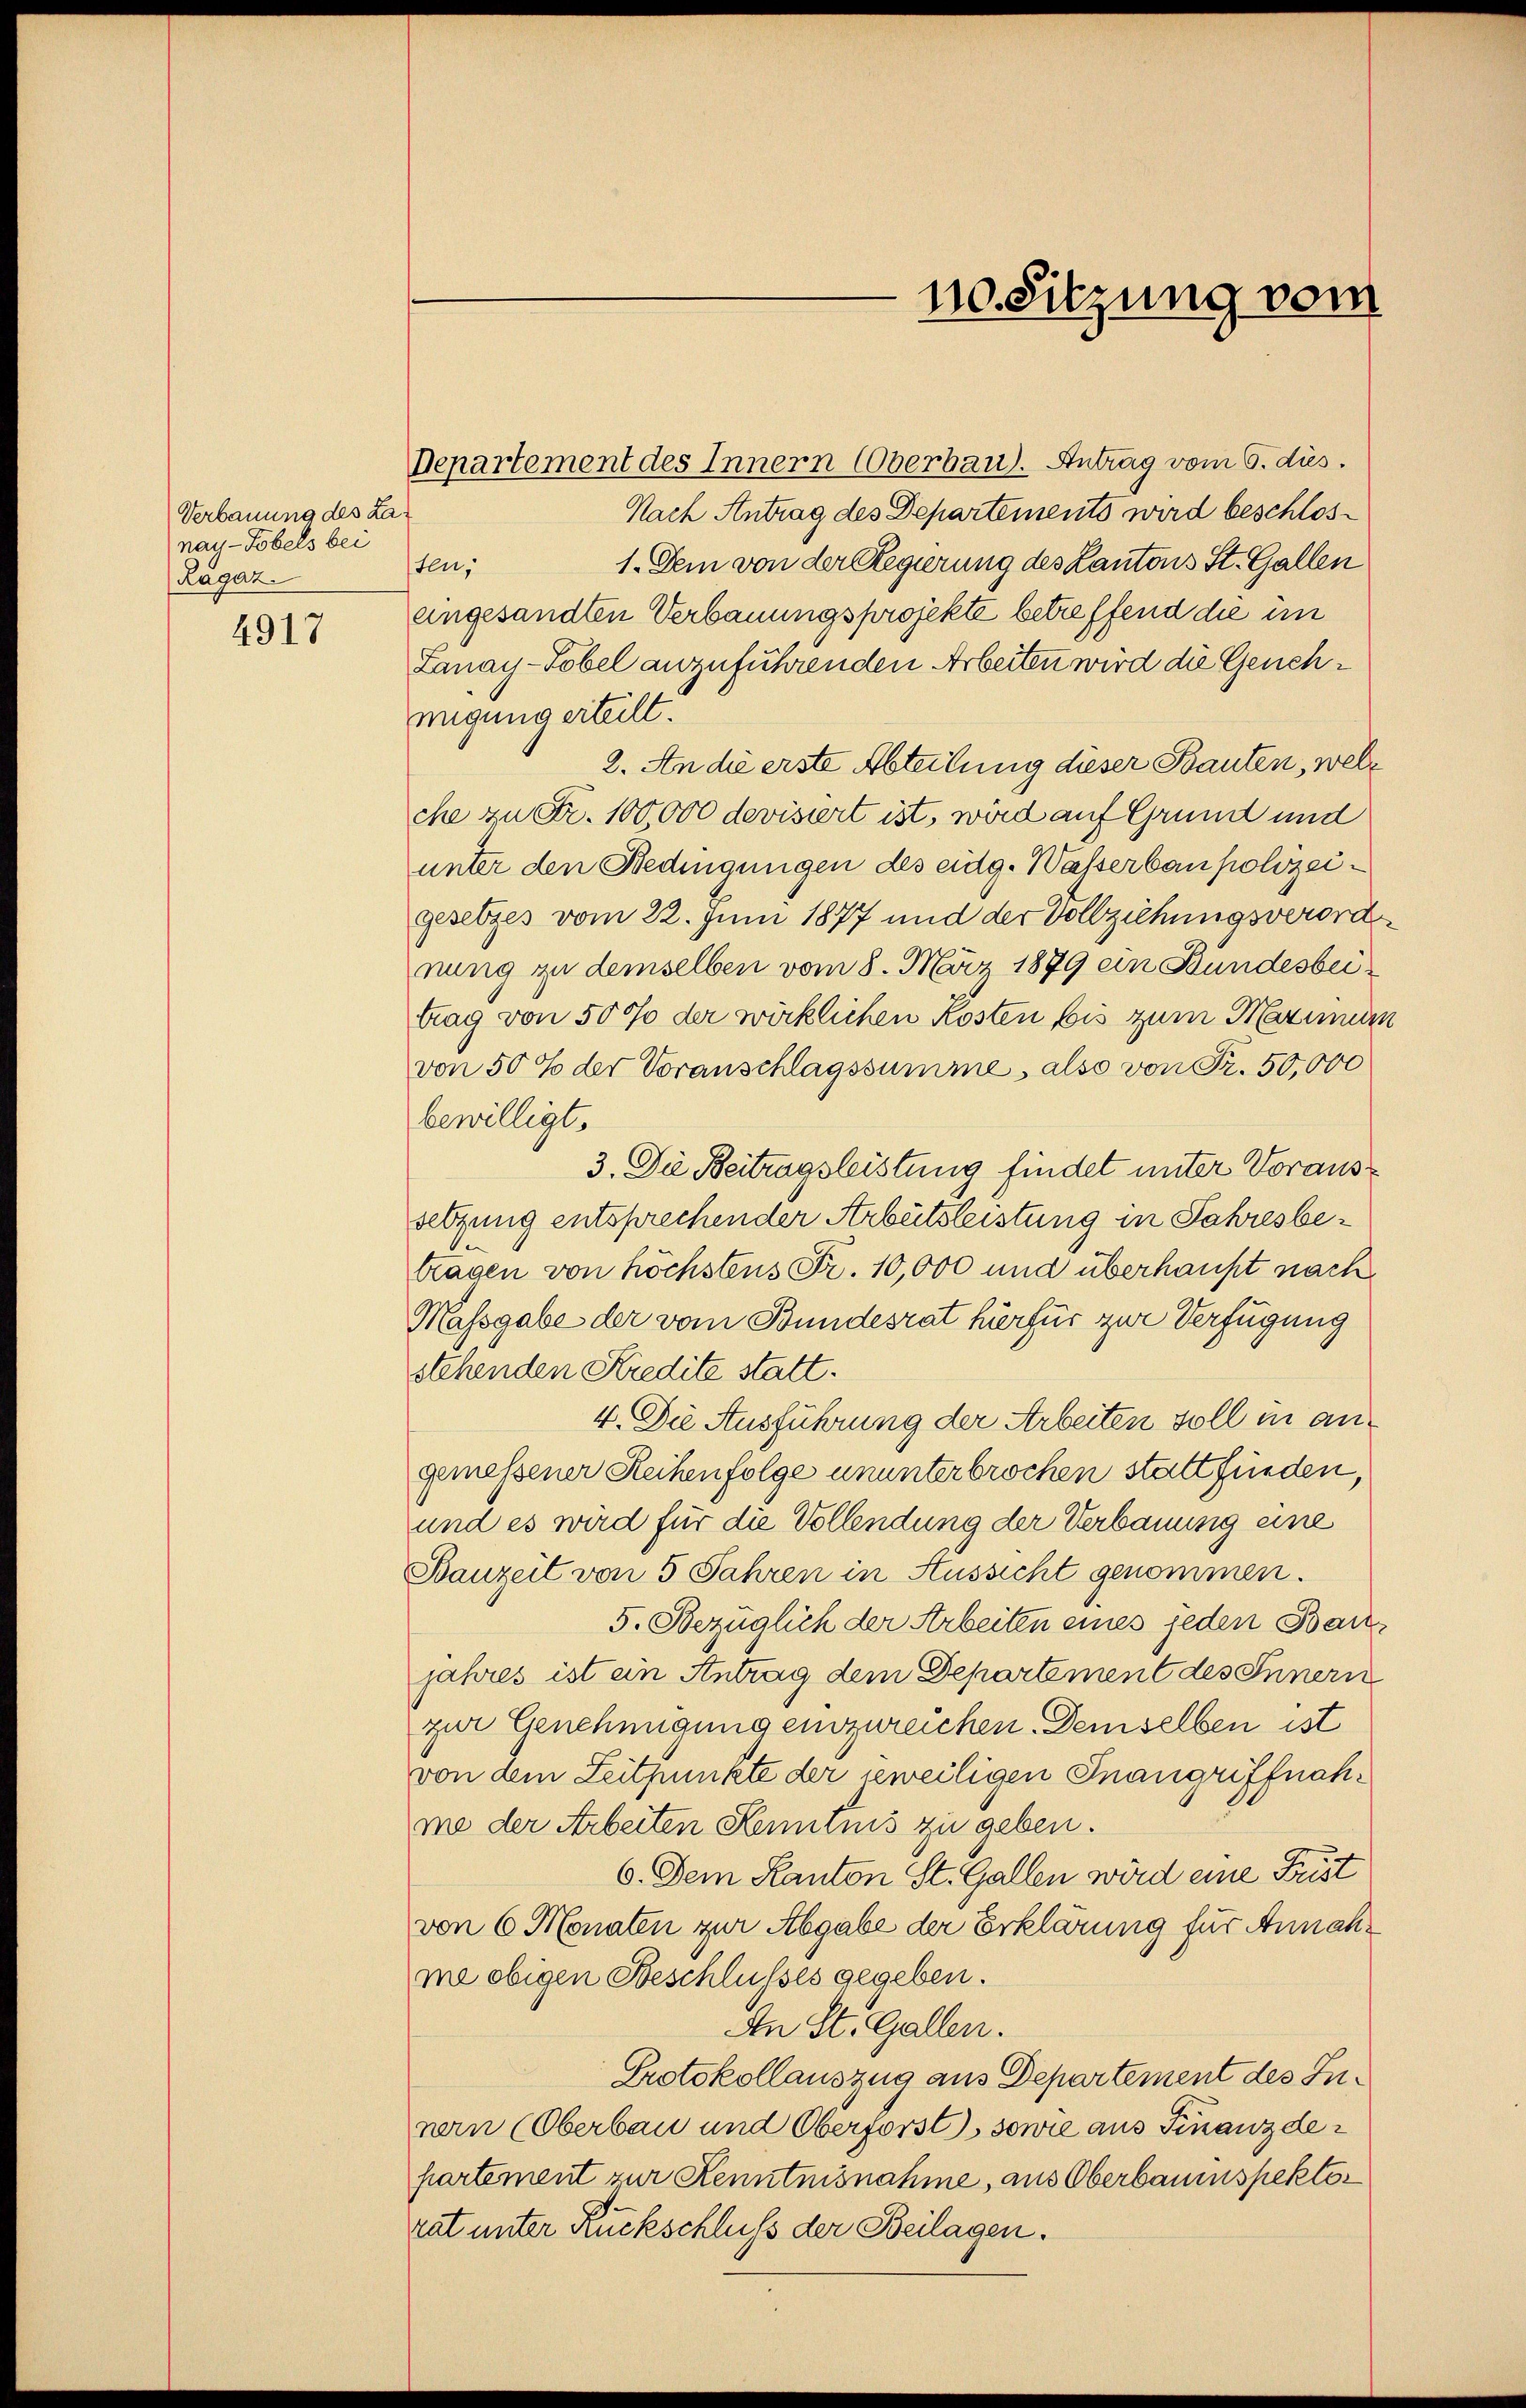
4917

Verbauung des Lanay-Tobels bei
Ragaz

Repartement des Innern Oberbau). Antrag vom 5. dies.
Nach Antrag des Departements wird beschlos¬
1. Dem von der Regierung des Kantons St. Gallen
sten,
eingesandten Verbauungsprojekte betreffend die in
Lanay-Tobel anzuführenden Arbeiten wird die Genehmigung erteilt.
2. An die erste Abteilung dieser Bauten, welc
che zu Fr. 100,000 devisiert ist, wird auf Grund und
unter den Nedingungen des eidg. Wasserbaupolizeigesetzes vom 22. Juni 1877 und der Vollziehungsverordnung zu demselben vom 8. März 1879 ein Bundesbeitrag von 50 % der wirklichen Kosten bis zum Marmen
von 50 % der Voranschlagssumme, also von Fr. 50,000
bewilligt.
3. Die Beitragsleistung findet unter Voraussetzung entsprechender Arbeitsleistung in Jahresbetragen von höchstens Fr. 10,000 und überhaupt nach
Massgabe der vom Bundesrat hierfür zur Verfügung
stehenden Kredite statt.
4. Die Ausführung der Arbeiten soll in angemessener Reihenfolge ununterbrochen statt finden,
und es wird für die Vollendung der Verbauung eine
Bauzeit von 5 Jahren in Aussicht genommen.
5. Bezüglich der Arbeiten eines jeden Baujahres ist ein Antrag dem Departement des Innern
zur Genehmigung einzureichen. Demselben ist
von dem Zeitpunkte der jeweiligen Inangriffnahme der Arbeiten Kenntnis zu geben.
6. Dem Kanton St. Gallen wird eine Frist
von 6 Monaten zur Abgabe der Erklärung für Annahme obigen Beschlusses gegeben.
An St. Gallen.
Protokollauszug aus Departement des Innern (Oberbau und Oberforst), sowie aus Finanzdepartement zur Kenntnisnahme, aus Oberbauinspektor
rat unter Ruckschluss der Beilagen.

410. Sitzung vom